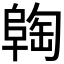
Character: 𬯈